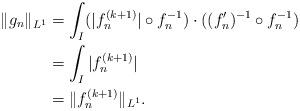
LaTeX: \begin{align*}\|g_n\|_{L^1} &= \int_I (|f_n^{(k+1)}|\circ f_n^{-1})\cdot ((f_n')^{-1}\circ f_n^{-1})\\&= \int_I |f_n^{(k+1)}|\\&= \|f_n^{(k+1)}\|_{L^1}.\end{align*}